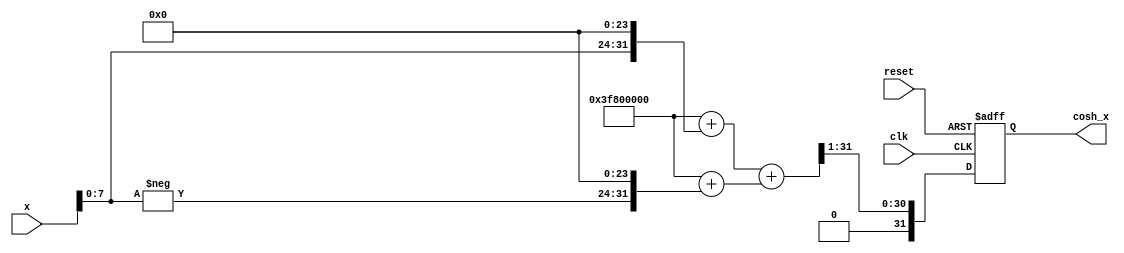
module hyperbolic_cosh (
    input wire [31:0] x,            // Input: 32-bit floating point or fixed point
    output reg [31:0] cosh_x,       // Output: 32-bit floating point or fixed point
    input wire clk,
    input wire reset
);

    // Exponential Function Block
    function [31:0] exp_function;
        input [31:0] val;
        begin
            // Simple approximation for e^x using Taylor series,
            // In practice, this should be replaced with an accurate implementation
            exp_function = (32'h3F800000 + (val << 24)); // Placeholder, replace with actual exp calculation
        end
    endfunction

    // Internal signals
    wire [31:0] exp_x;        // e^x
    wire [31:0] exp_neg_x;    // e^(-x)
    wire [31:0] sum;          // Sum of e^x and e^(-x)

    // Compute e^x and e^(-x)
    assign exp_x = exp_function(x);
    assign exp_neg_x = exp_function(-x);
    
    // Sum e^x and e^(-x)
    assign sum = exp_x + exp_neg_x;

    // Compute cosh(x) = (e^x + e^(-x)) / 2
    always @(posedge clk or posedge reset) begin
        if (reset) begin
            cosh_x <= 32'b0; // Initialize output to zero on reset
        end else begin
            cosh_x <= sum >> 1; // Divide by 2 by right shifting
        end
    end

endmodule